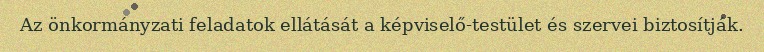
Az önkormányzati feladatok ellátását a képviselő-testület és szervei biztosítják.